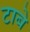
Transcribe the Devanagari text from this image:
टाबे